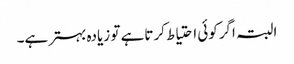
البتہ اگرکوئی احتیاط کرتاہے تو زیادہ بہترہے۔